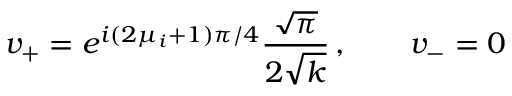
v _ { + } = e ^ { i ( 2 \mu _ { i } + 1 ) \pi / 4 } { \frac { \sqrt { \pi } } { 2 \sqrt { k } } } \, , \qquad v _ { - } = 0 \,